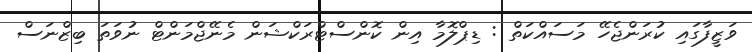
ވަޒީފާގައި ކުރަންޖެހޭ މަސައްކަތް : ޑިޕްލޮމާ އިން ކޮންސްޓްރަކްޝަން މެނޭޖްމަންޓް ނުވަތަ ބިޒްނަސް